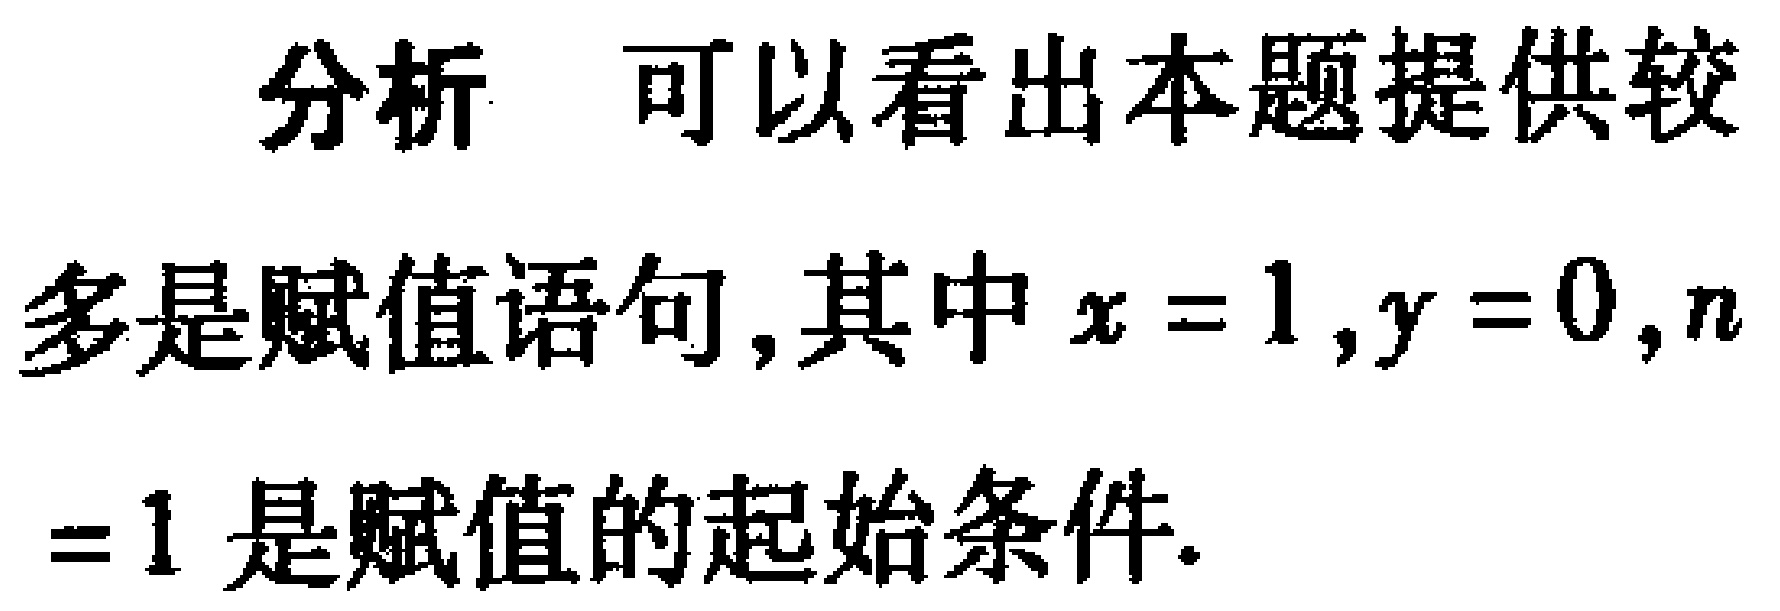
分析 可以看出本题提供较多是赋值语句, 其中 \(x = 1,y = 0,n=1\) 是赋值的起始条件.